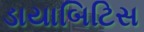
ડાયાબિટિસ